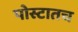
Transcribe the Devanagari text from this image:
पोस्टातच